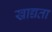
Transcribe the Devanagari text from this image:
खाद्यता